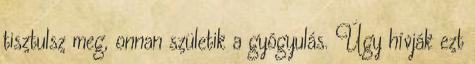
tisztulsz meg, onnan születik a gyógyulás. Úgy hívják ezt